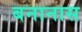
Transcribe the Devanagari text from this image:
बनानास